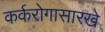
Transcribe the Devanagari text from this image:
कर्करोगासारखे